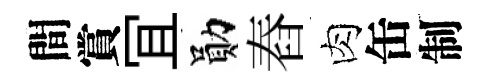
間賞冝勛舂肉缶制